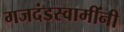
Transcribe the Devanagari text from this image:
गजदंडस्वामींनी